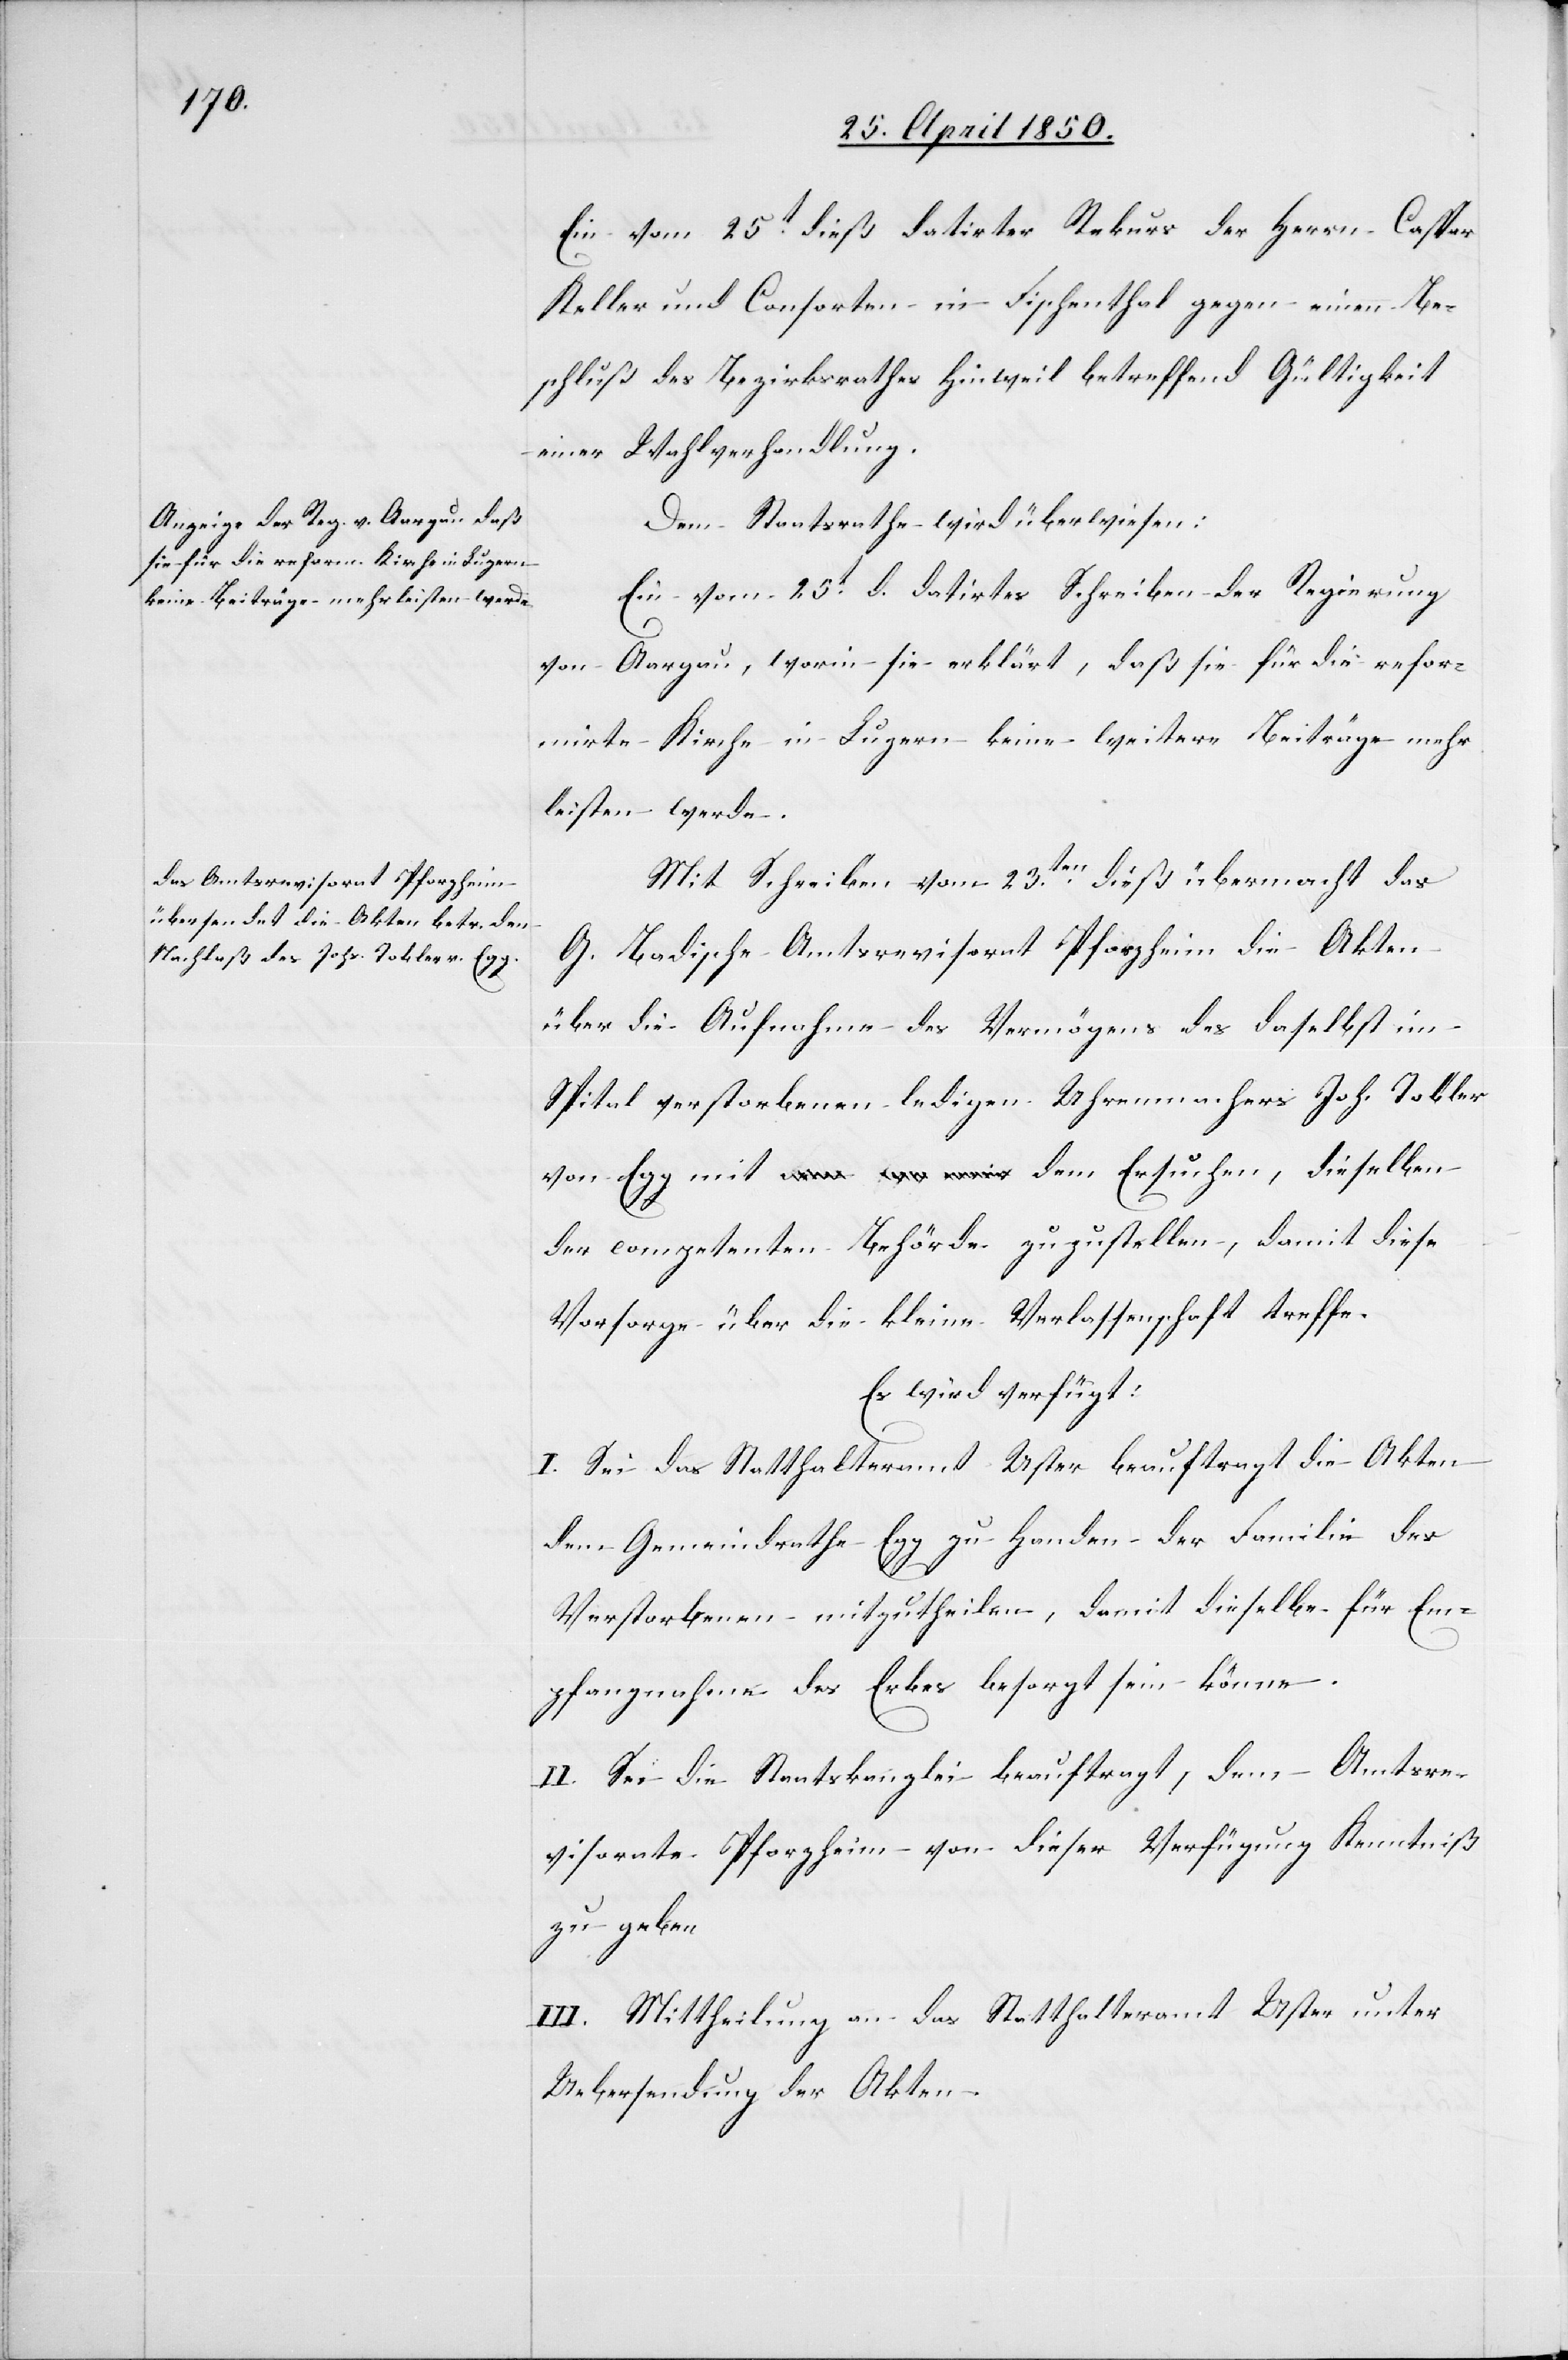
26t April 1850.]
Ein vom 25t dieß datirter Rekurs der Herrn Caspar
Keller und Consorten in Fischenthal gegen einen Be¬
schluß des Bezirksrathes Hinweil betreffend Gültigkeit
einer Wahlverhandlung.
Dem Staatsrathe wird überwiesen:
Ein vom 25t d. datirtes Schreiben der Regierung
von Aargau, worin sie erklärt, daß sie für die refor¬
mirte Kirche in Luzern keine weitere Beiträge mehr
leisten werde.
Mit Schreiben vom 23ten dieß übermacht das
G. Badische Amtsrevisorat Pforzheim die Akten
über die Aufnahme des Vermögens des daselbst im
Spital verstorbenen ledigen Uhrenmachers Joh. Tobler
von Egg mit dem Ersuchen, dieselben
der competenten Behörde zuzustellen, damit diese
Vorsorge über die kleine Verlassenschaft treffe.
Es wird verfügt:
I. Sei das Statthalteramt Uster beauftragt die Akten
dem Gemeindrathe Egg zu Handen der Familie des
Verstorbenen mitzutheilen, damit dieselbe für Em¬
pfangnahme des Erbes besorgt sein könne.
II. Sei die Staatskanzlei beauftragt, dem Amtsre¬
visorate Pforzheim von dieser Verfügung Kenntniß
zu geben.
III. Mittheilung an das Statthalteramt Uster unter
Uebersendung der Akten.